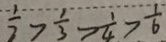
\frac { 1 } { 2 } > \frac { 1 } { 3 } > \frac { 1 } { 4 } > \frac { 1 } { 6 }